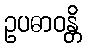
ဥပဓာဝန္တိ